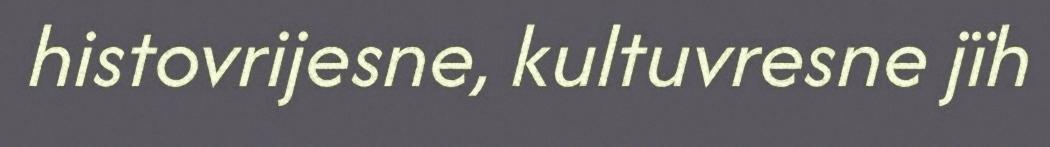
histovrijesne, kultuvresne jïh